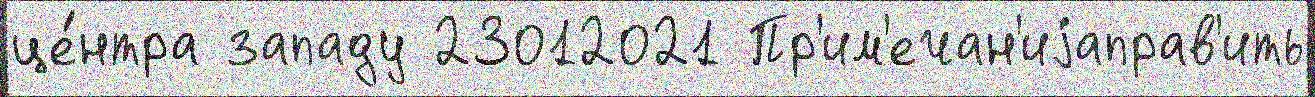
це́нтра западу 23012021 Пр'им'ечан'иjаправ'ить